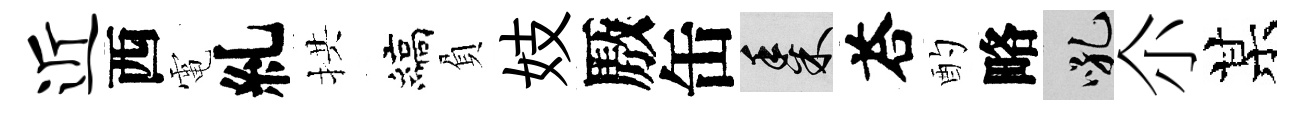
近西電糺拱縞負妓厫缶黍荅酌略吼尒某